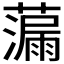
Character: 𫊁